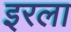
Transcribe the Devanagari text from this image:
इरला